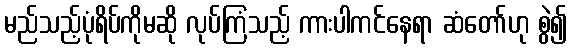
မည်သည့်ပုံရိပ်ကိုမဆို လုပ်ကြံသည့် ကားပါကင်နေရာ ဆံတော်ဟု စွဲ၍